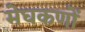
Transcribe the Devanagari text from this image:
मेघकणों